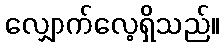
လျှောက်လေ့ရှိသည်။